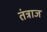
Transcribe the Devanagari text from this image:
तंत्राज